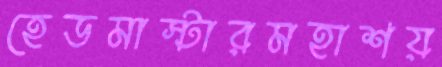
হেডমাস্টারমহাশয়